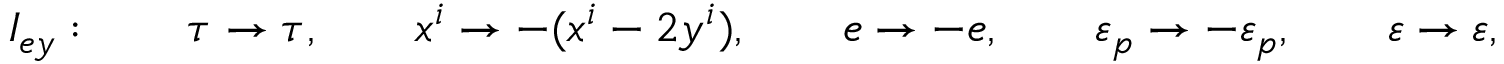
I _ { e y } : \qquad \tau \rightarrow \tau , \qquad x ^ { i } \rightarrow - ( x ^ { i } - 2 y ^ { i } ) , \qquad e \rightarrow - e , \qquad \varepsilon _ { p } \rightarrow - \varepsilon _ { p } , \qquad \varepsilon \rightarrow \varepsilon ,